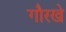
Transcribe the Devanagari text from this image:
गौरखे